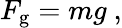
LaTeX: F_{\mathrm{g}}=mg\ ,